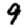
Digit: 9